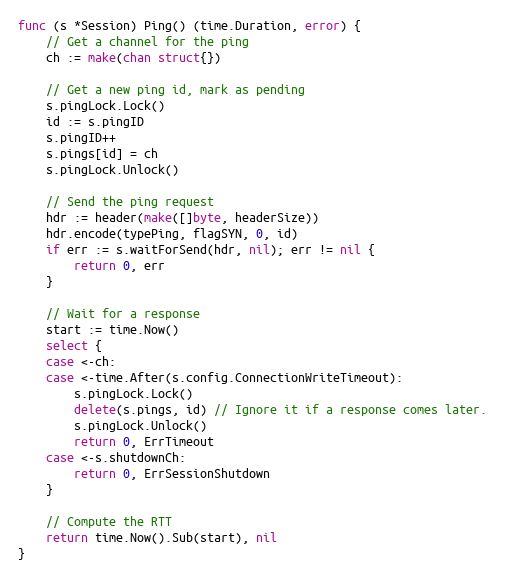
Language: Go
func (s *Session) Ping() (time.Duration, error) {
	// Get a channel for the ping
	ch := make(chan struct{})

	// Get a new ping id, mark as pending
	s.pingLock.Lock()
	id := s.pingID
	s.pingID++
	s.pings[id] = ch
	s.pingLock.Unlock()

	// Send the ping request
	hdr := header(make([]byte, headerSize))
	hdr.encode(typePing, flagSYN, 0, id)
	if err := s.waitForSend(hdr, nil); err != nil {
		return 0, err
	}

	// Wait for a response
	start := time.Now()
	select {
	case <-ch:
	case <-time.After(s.config.ConnectionWriteTimeout):
		s.pingLock.Lock()
		delete(s.pings, id) // Ignore it if a response comes later.
		s.pingLock.Unlock()
		return 0, ErrTimeout
	case <-s.shutdownCh:
		return 0, ErrSessionShutdown
	}

	// Compute the RTT
	return time.Now().Sub(start), nil
}